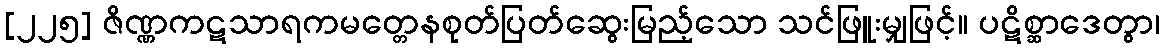
[၂၂၅] ဇိဏ္ဏကဋသာရကမတ္တေနစုတ်ပြတ်ဆွေးမြည့်သော သင်ဖြူးမျှဖြင့်။ ပဋိစ္ဆာဒေတွာ၊